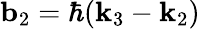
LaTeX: \mathbf{b}_{2}=\hbar(\mathbf{k}_{3}-\mathbf{k}_{2})